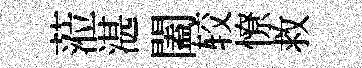
蒞湛闔较憭救